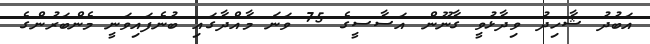
އަބުދު ޝާހިދު ވިދާޅުވީ ގާނޫން އަސާސީގެ 75 ވަނަ މާއްދާގައި ބުނެފައިވަނީ މެންބަރުންގެ